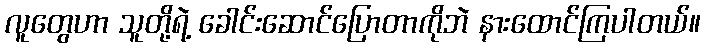
လူတွေဟာ သူတို့ရဲ့ ခေါင်းဆောင်ပြောတာကိုဘဲ နားထောင်ကြပါတယ်။